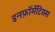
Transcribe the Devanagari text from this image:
इनफ़ॉर्मेटिक्स